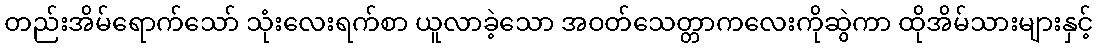
တည်းအိမ်ရောက်သော် သုံးလေးရက်စာ ယူလာခဲ့သော အဝတ်သေတ္တာကလေးကိုဆွဲကာ ထိုအိမ်သားများနှင့်